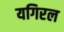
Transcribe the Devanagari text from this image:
यगिरल